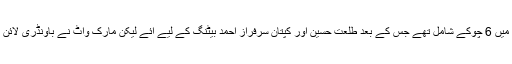
اگلے ہی اوور میں فخرزمان بھی پویلین جاپہنچے، وہ 33 رنز کی اننگز کھیل کر آؤٹ ہوئے جس میں 6 چوکے شامل تھے جس کے بعد طلعت حسین اور کپتان سرفراز احمد بیٹنگ کے لیے آئے لیکن مارک واٹ نے باؤنڈری لائن پر پچھلے میچ کے ہیرو سرفراز کا ناقابل یقین کیچ پکڑ کر ان کی اننگز کا 14 رنز پر خاتمہ کیا۔